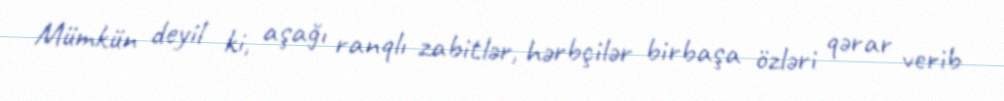
Mümkün deyil ki, aşağı ranqlı zabitlər, hərbçilər birbaşa özləri qərar verib